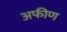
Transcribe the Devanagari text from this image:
अफीण